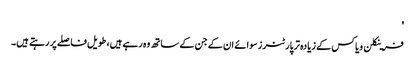
'
فرینکلن ویاکس کے زیادہ تر پارٹنرز سوائے ان کے جن کے ساتھ وہ رہے ہیں، طویل فاصلے پر رہتے ہیں۔